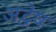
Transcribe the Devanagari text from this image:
अद्वेष